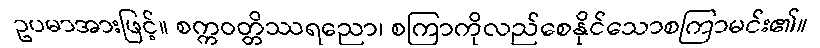
ဥပမာအားဖြင့်။ စက္ကဝတ္တိဿရညော၊ စကြာကိုလည်စေနိုင်သောစကြာမင်း၏။